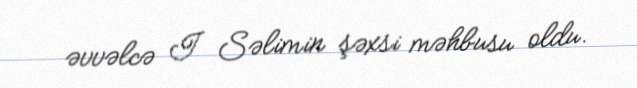
əvvəlcə I Səlimin şəxsi məhbusu oldu.